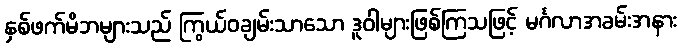
နှစ်ဖက်မိဘများသည် ကြွယ်ဝချမ်းသာသော ဒူဝါများဖြစ်ကြသဖြင့် မင်္ဂလာအခမ်းအနား